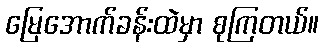
မြေအောက်ခန်းထဲမှာ စုကြတယ်။